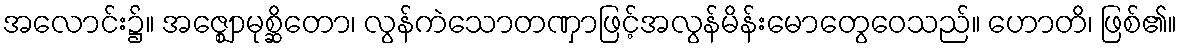
အလောင်း၌။ အဇ္ဈောမုစ္ဆိတော၊ လွန်ကဲသောတဏှာဖြင့်အလွန်မိန်းမောတွေဝေသည်။ ဟောတိ၊ ဖြစ်၏။